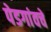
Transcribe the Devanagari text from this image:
पेडगांवचे